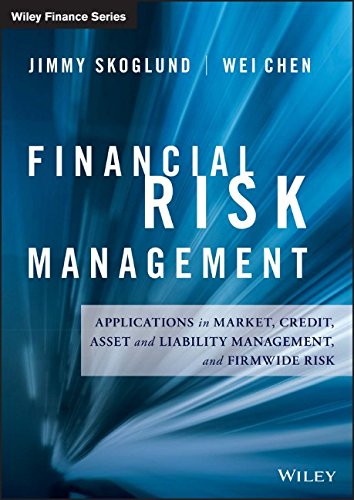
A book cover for Financial Risk Management: Applications in Market, Credit, Asset and Liability Management and Firmwide Risk (Wiley Finance); Jimmy Skoglund; Business & Money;